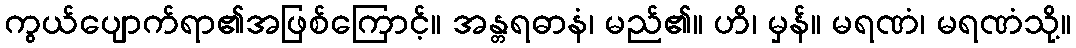
ကွယ်ပျောက်ရာ၏အဖြစ်ကြောင့်။ အန္တရဓာနံ၊ မည်၏။ ဟိ၊ မှန်။ မရဏံ၊ မရဏံသို့။